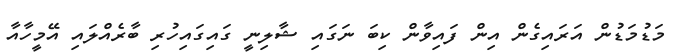
މަޑުމަޑުން އަރައިގެން އިން ފައިވާން ކިބަ ނަގައި ޝާލިނީ ގައިގައިހުރި ބާރެއްލައި އޭމީހާއާ